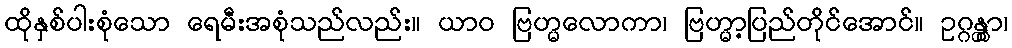
ထိုနှစ်ပါးစုံသော ရေမီးအစုံသည်လည်း။ ယာဝ ဗြဟ္မလောကာ၊ ဗြဟ္မာ့ပြည်တိုင်အောင်။ ဥဂ္ဂန္တွာ၊